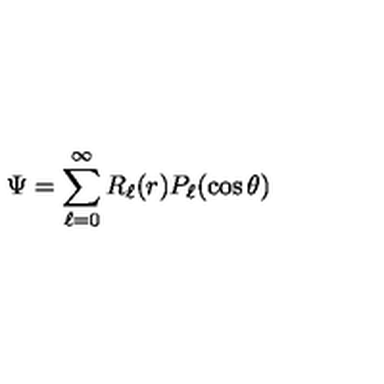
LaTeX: \Psi = \sum _ { \ell = 0 } ^ { \infty } R _ { \ell } ( r ) P _ { \ell } ( \cos \theta )